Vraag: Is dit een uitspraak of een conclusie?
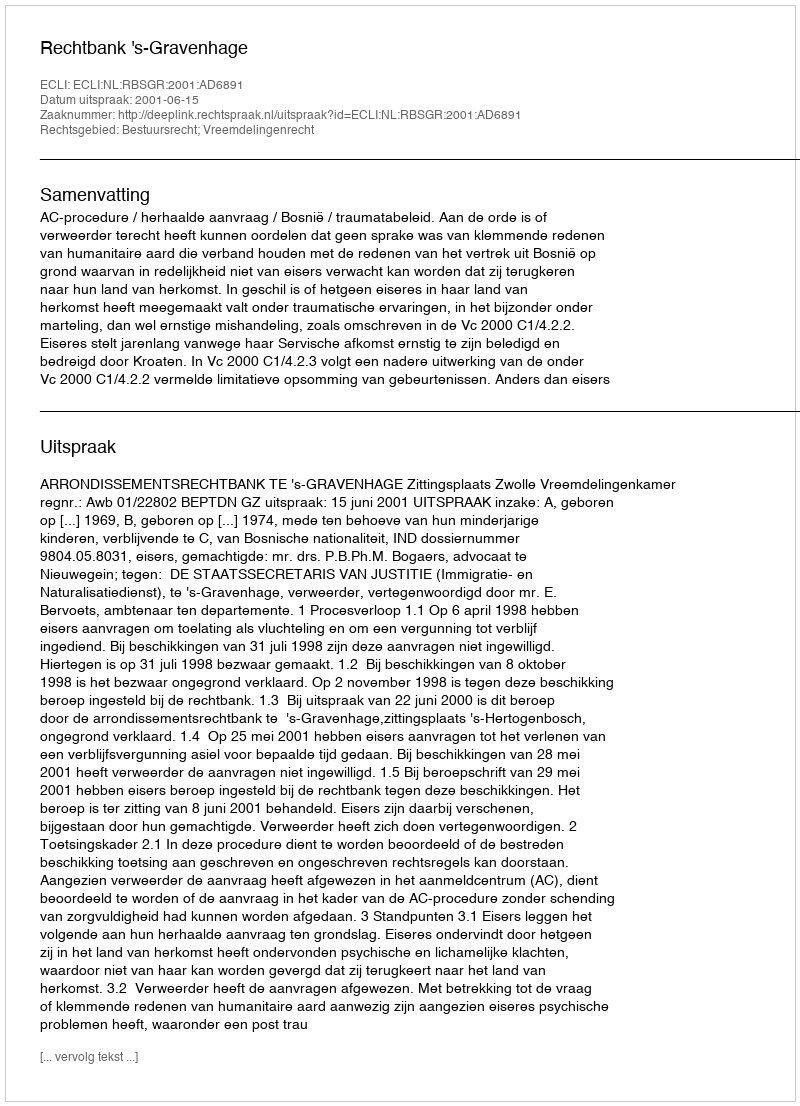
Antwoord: Uitspraak